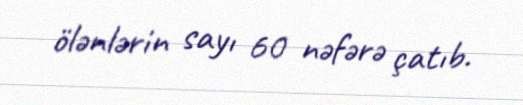
ölənlərin sayı 60 nəfərə çatıb.